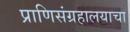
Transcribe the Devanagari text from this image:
प्राणिसंग्रहालयाचा